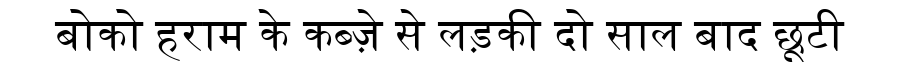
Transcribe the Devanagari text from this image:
बोको हराम के कब्ज़े से लड़की दो साल बाद छूटी